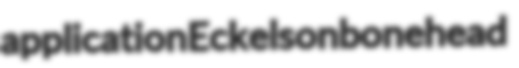
application Eckelson bonehead